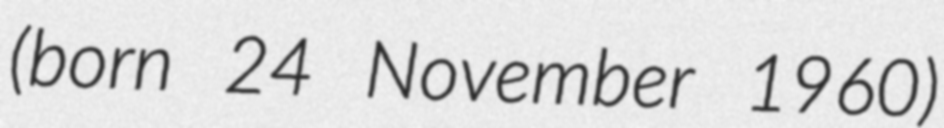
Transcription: (born 24 November 1960)